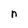
Character: n